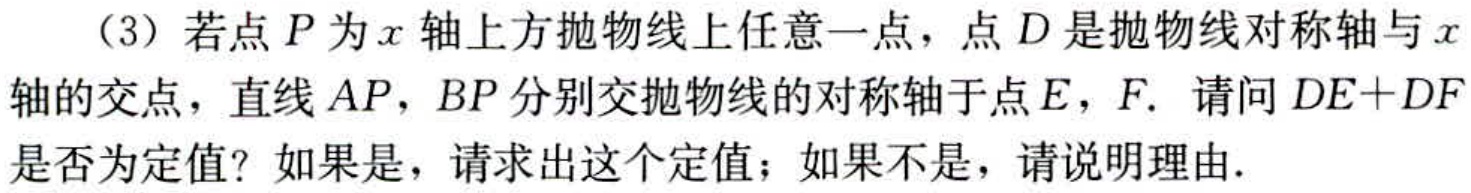
（3）若点\(P\)为\(x\)轴上方抛物线上任意一点，点\(D\)是抛物线对称轴与\(x\)轴的交点，直线\(AP\)，\(BP\)分别交抛物线的对称轴于点\(E\)，\(F\). 请问\(DE + DF\)是否为定值？如果是，请求出这个定值；如果不是，请说明理由.